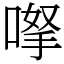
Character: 𠸎